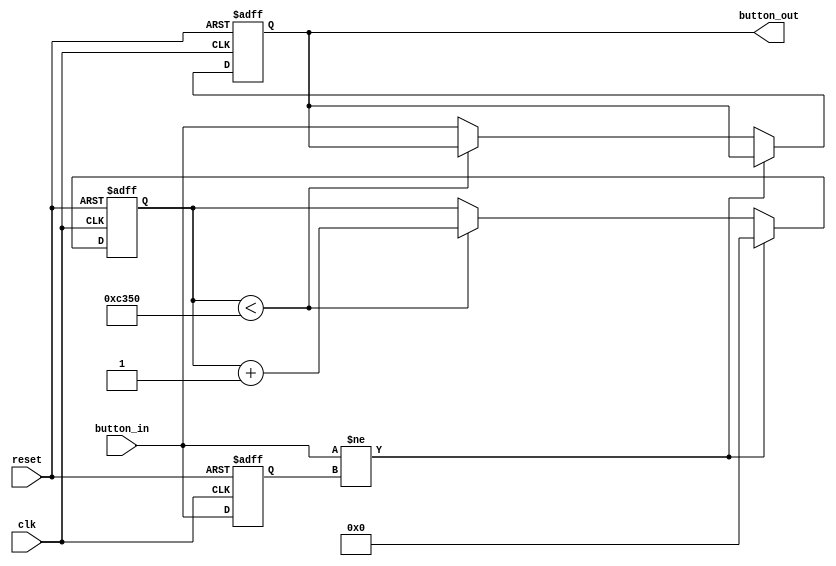
module Debouncer (
    input wire clk,
    input wire reset,
    input wire button_in,
    output reg button_out
);

    // Define the number of clock cycles for the debounce period
    parameter DEBOUNCE_TIME = 50_000;  // Adjust this value as needed

    reg [15:0] counter;  // 16-bit counter should be enough for most clock frequencies
    reg button_in_prev;

    always @(posedge clk or posedge reset) begin
        if (reset) begin
            counter <= 0;
            button_in_prev <= 0;
            button_out <= 0;
        end else begin
            if (button_in != button_in_prev) begin
                counter <= 0;
            end else if (counter < DEBOUNCE_TIME) begin
                counter <= counter + 1;
            end else begin
                button_out <= button_in;
            end
            button_in_prev <= button_in;
        end
    end

endmodule